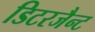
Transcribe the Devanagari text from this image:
डिटरजैन्ट